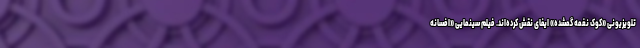
تلویزیونی «کوک نغمه گمشده» ایفای نقش کرده‌اند. فیلم سینمایی «افسانه